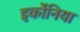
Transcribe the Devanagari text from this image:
इर्कोनिया